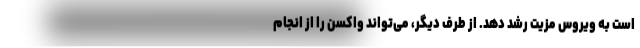
است به ویروس مزیت رشد دهد. از طرف دیگر، می‌تواند واکسن را از انجام